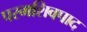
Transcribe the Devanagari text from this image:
परमशिवपाद